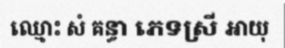
ឈ្មោះ សំ គន្ធា ភេទស្រី អាយុ